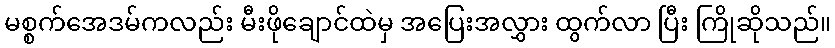
မစ္စက်အေဒမ်ကလည်း မီးဖိုချောင်ထဲမှ အပြေးအလွှား ထွက်လာ ပြီး ကြိုဆိုသည်။